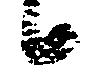
候